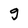
Character: g